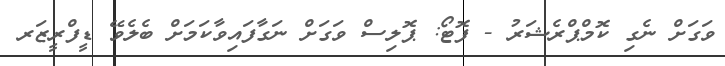
ވަގަށް ނެގި ކޮމްޕްރެޝަރު - ފޮޓޯ: ޕޮލިސް ވަގަށް ނަގާފައިވާކަމަށް ބެލެވޭ ޑީފްރީޒަރ